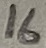
Text: 16